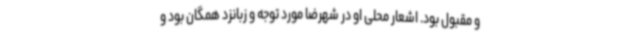
و مقبول بود. اشعار محلی او در شهرضا مورد توجه و زبانزد همگان بود و